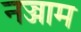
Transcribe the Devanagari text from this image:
नज्जाम